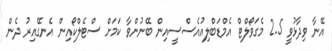
އޭނާ ވިދާޅުވީ 2.5 މެގަވޯލްޓް އެމްޑަބްލިއުއެސްސީއިން ބޭނުންވާ ކަމަށް ސްޓެލްކޯއިން އެނގޭއިރު ދެން